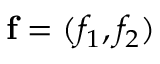
\mathbf { f } = ( f _ { 1 } , f _ { 2 } )